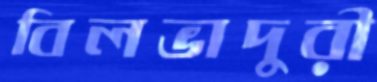
বিলভাদুরী